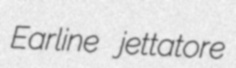
Earline jettatore